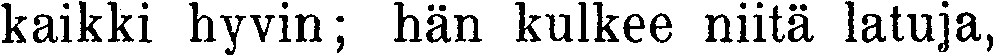
kaikki hyvin; hän kulkee niitä latuja,